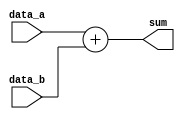
module adder ( data_a, data_b, sum);

  input  [15:0] data_a ,  data_b;
  output reg [15:0] sum;

  always @(*)
   sum = data_a + data_b;

endmodule

module adder_testbench ();

  reg [15:0] data_a ,  data_b;
  wire [15:0] sum;
  integer i;

initial 
begin

    for (i = 0; i < 100; i = i + 1) 
    begin
            data_a = $random;   #100;
            data_b = $random;   #100;
    end
end
    initial 
    begin
    $display ("\t \t  Time    data_a          data_b          sum");
    $monitor ("%d %b %b %b", $time , data_a , data_b , sum);
    end

   adder A ( data_a, data_b, sum);
endmodule